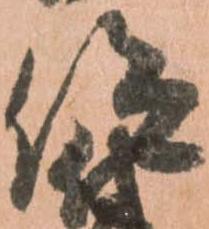
仰